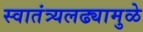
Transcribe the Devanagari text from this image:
स्वातंत्र्यलढ्यामुळे